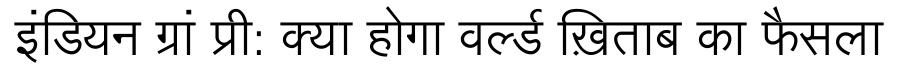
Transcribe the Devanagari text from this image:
इंडियन ग्रां प्री: क्या होगा वर्ल्ड ख़िताब का फैसला